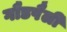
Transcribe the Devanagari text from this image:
गौडषैली